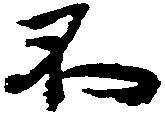
不